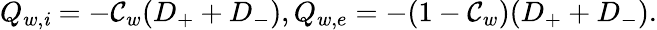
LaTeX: Q_{w,\mathit{i}}=-\mathcal{C}_{w}(D_{+}+D_{-}),Q_{w,e}=-(1-\mathcal{C}_{w})(D_{+}+D_{-}).